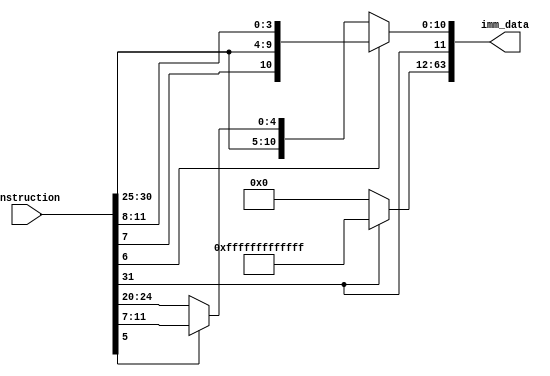
module ImmediateDataExtractor(
    input [31:0] instruction,
    output reg [63:0] imm_data
);

always @ (instruction)
begin
    if (instruction[6]) // opcode bit 6 happens to be 1 for conditional branches
        imm_data[11:0] = {instruction[31], instruction[7], instruction[30:25] , instruction[11:8]};
    else    // opcode bit 6 0 is data transfer
        if (instruction[5])     //  opcode bit 5 happens to be  1 for store instructions
            imm_data[11:0] = {instruction[31:25], instruction[11:7]};
        else        // opcode bit 5 is 0 for load instructions
            imm_data[11:0] = {instruction[31:20]};
    if (imm_data[11])
        imm_data[63:12] = {52{1'b1}};
    else
        imm_data[63:12] = {52{1'b0}};
end

endmodule